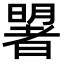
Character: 𣋐